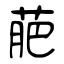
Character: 萉